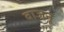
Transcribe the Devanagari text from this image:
वाजनू